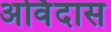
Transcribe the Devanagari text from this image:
अर्विदास